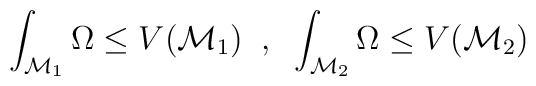
\int_{\mathcal{M}_1} \Omega \le V(\mathcal{M}_1) \;\; , \;\;\int_{\mathcal{M}_2} \Omega \le V(\mathcal{M}_2)